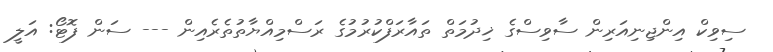
ސިވިކް އިންޖިނިއަރިން ސާވިސްގެ ޚިދުމަތް ތައާރަފްކުރުމުގެ ރަސްމިއްޔާތުތެރެއިން --- ސަން ފޮޓޯ: އަލީ